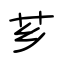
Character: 芗